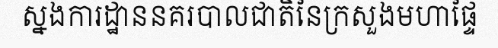
ស្នងការដ្ឋាននគរបាលជាតិនៃក្រសួងមហាផ្ទៃ